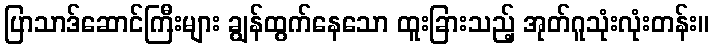
ပြာသာဒ်ဆောင်ကြီးများ ချွန်ထွက်နေသော ထူးခြားသည့် အုတ်ဂူသုံးလုံးတန်း။